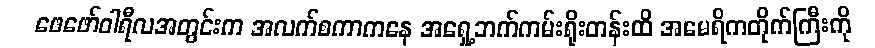
ဖေဖော်ဝါရီလအတွင်းက အလက်စကာကနေ အရှေ့ဘက်ကမ်းရိုးတန်းထိ အမေရိကတိုက်ကြီးကို